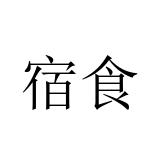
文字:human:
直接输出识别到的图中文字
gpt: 宿食